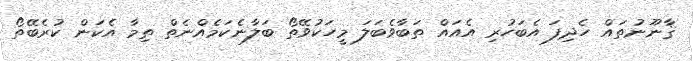
ޤާނޫނުތައް ހެދިފަ އެބަހުރި އެއައް ތަބާވެބަލަ މީހަކުވޭތޯ ބަލާނެކަމެއްނެތް ތިމާ އެކަން ކުރެބޭތޯ